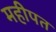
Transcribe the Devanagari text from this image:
महीपत